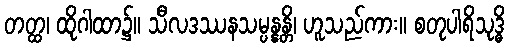
တတ္ထ၊ ထိုဂါထာ၌။ သီလဒဿနသမ္ပန္နန္တိ၊ ဟူသည်ကား။ စတုပါရိသုဒ္ဓိ